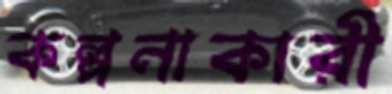
কল্পনাকারী